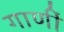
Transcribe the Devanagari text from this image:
गाणीं